Report of the King Institute of Preventive Medicine, Guindy
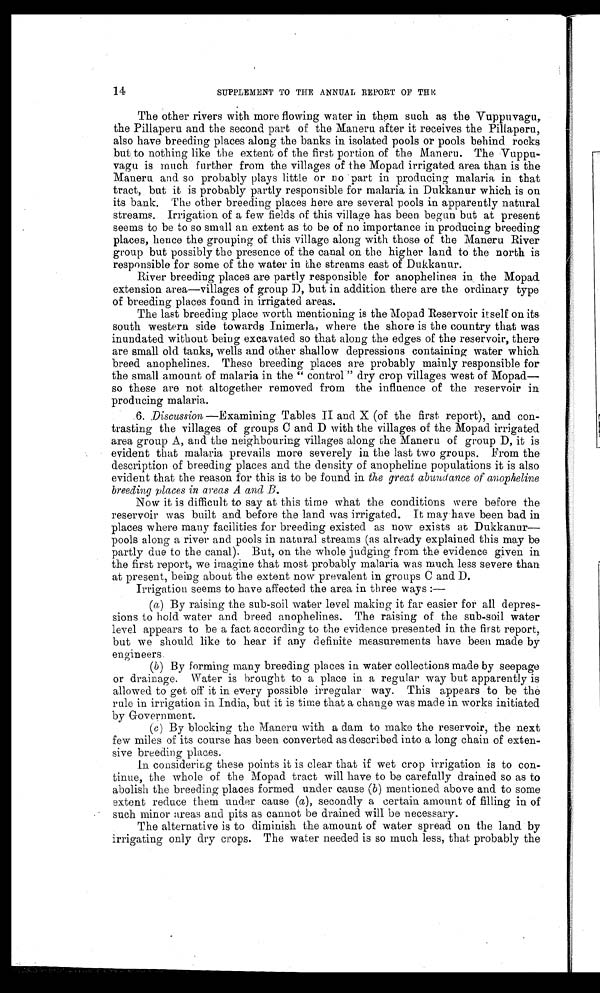
14
SUPPLEMENT TO THE ANNUAL REPORT OF THE
The other rivers with more flowing water in them such as the Vuppuvagu,
the Pillaperu and the second part of the Maneru after it receives the Pillaperu,
also have breeding places along the banks in isolated pools or pools behind rocks
but to nothing like the extent of the first portion of the Maneru. The Vuppu
- v a g u i s m u c h f u r t h e r f r o m t h e v i l l a g e s o f t h e M o p a d i r r i g a t e d a r e a t h a n i s t h e
Maneru and so probably plays little or no part in producing malaria in that
tract, but it is probably partly responsible for malaria in Dukkanur which is on
its bank. The other breeding places here are several pools in apparently natural
streams. Irrigation of a few fields of this village has been. begun but at present
seems to be to so small an extent as to be of no importance in producing breeding
places, hence the grouping of this village along with those of the Maneru River
group but possibly the presence of the canal on the higher land to the north is
responsible for some of the water in the streams east of Dukkanur.
River breeding places are partly responsible for anophelines in . the Mopad
extension area—villages of group D, but in addition there are the ordinary type
of breeding places found in irrigated areas.
The last breeding place worth mentioning is the Mopad Reservoir itself on its
south western side towards Inimerla, where the shore is the country that was
inundated without being excavated so that along the edges of the reservoir, there.
are small old tanks, wells and other shallow depressions containing water which
breed anophelines. These breeding places are probably mainly responsible for
the small amount of malaria in the “ control” dry crop villages west of Mopad
—so these are not altogether removed from the influence of the reservoir in
producing malaria.
6. Discussion— Examining Tables II and X (of the first report), and con
- t r a s t i n g t h e v i l l a g e s o f g r o u p s C a n d D w i t h t h e v i l l a g e s o f t h e M o p a d i r r i g a t e d
area group A, and the neighbouring villages along the Maneru of group D, it is
evident that malaria prevails more severely in the last two groups. From the
description of breeding places and the density of anopheline populations it is also
evident that the reason for this is to be found in the great abundance of anopheline
breeding places in areas A and B.
Now it is difficult to say at this time what the conditions were before the
reservoir was built and before the land was irrigated. It may have been bad in
places where many facilities for breeding existed as now exists at Dukkanur—-
p o o l s a l o n g a r i v e r a n d p o o l s i n n a t u r a l s t r e a m s ( a s a l r e a d y e x p l a i n e d t h i s m a y b e
partly due to the canal). But, on the whole judging from the evidence given in
the first report, we imagine that most probably malaria was much less severe than
at present, being about the extent now prevalent in groups C and D.
Irrigation seems to have affected the area in three ways :
—
(a) By raising the sub-soil water level making it far easier for all depre
s - s i o n s t o h o l d w a t e r a n d b r e e d a n o p h e l i n e s . T h e r a i s i n g o f t h e s u b - s o i l w a t e r
level appears to be a fact according to the evidence presented in the first report,
but we should like to hear if any definite measurements have been made by
engineers.
(b) By forming many breeding places in water collections made by seepage
or drainage. Water is brought to a place in a regular way but apparently is
allowed to get off it in every possible irregular way. This appears to be the
rule in irrigation in India, but it is time that a change was made in works initiated
by Government.
(c) By blocking the Maneru with a dam to make the reservoir, the next
few miles of its course has been converted as described into a long chain of exten-
sive breeding places.
In considering these points it is clear that if wet crop irrigation is to co
n - t i n u e , t h e w h o l e o f t h e M o p a d t r a c t w i l l h a v e t o b e c a r e f u l l y d r a i n e d s o a s t o
abolish the breeding places formed under cause (b) mentioned above and to some
extent reduce them under cause (a ), secondly a certain amount of filling in of
such minor areas and pits as cannot be drained. will be necessary.
The alternative is to diminish the amount of water spread on the land by
irrigating only dry crops. The water needed is so much less, that probably the